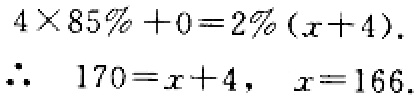
\[
\begin{align*}
4\times85\% + 0&=2\%(x + 4)\\
\therefore\ 170&=x + 4,\ x = 166
\end{align*}
\]